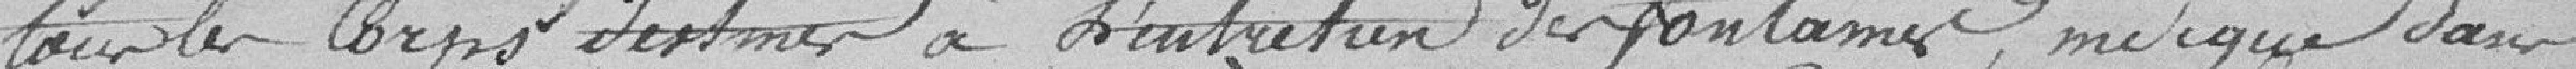
tous les corps destinés à l'entretien des fontaines, indiqué dans